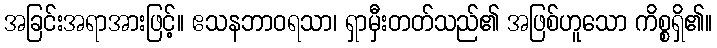
အခြင်းအရာအားဖြင့်။ ဧသနဘာဝရသာ၊ ရှာမှီးတတ်သည်၏ အဖြစ်ဟူသော ကိစ္စရှိ၏။